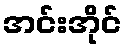
အင်းအိုင်